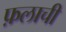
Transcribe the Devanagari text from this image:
फ़लाची